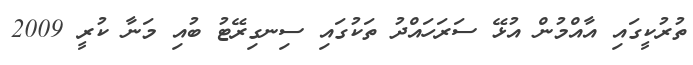
ތުރުކީގައި އާއްމުން އުޅޭ ސަރަހައްދު ތަކުގައި ސިނގިރޭޓު ބުއި މަނާ ކުރީ 2009